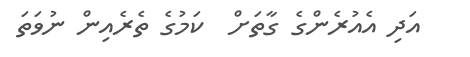
އަދި އެއުރެންގެ ގާތަށް  ކަމުގެ ތެރެއިން ނުވަތަ